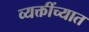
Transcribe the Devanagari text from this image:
व्यक्तींच्यात